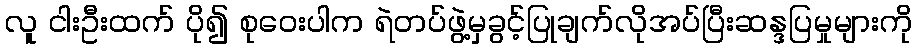
လူ ငါးဦးထက် ပို၍ စုဝေးပါက ရဲတပ်ဖွဲ့မှခွင့်ပြုချက်လိုအပ်ပြီးဆန္ဒပြမှုများကို